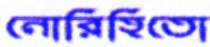
নোরিহিতো